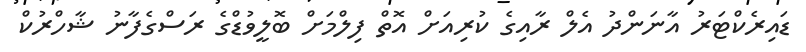
ޑައިރެކްޓަރު އާނަންދު އެލް ރާއިގެ ކުރިއަށް އޮތް ފިލްމަށް ބޮލީވުޑްގެ ރަސްގެފާނު ޝާހްރުކް